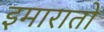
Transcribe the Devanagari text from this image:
इमारातों